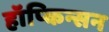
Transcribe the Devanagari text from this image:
हॉप्किन्सन